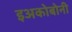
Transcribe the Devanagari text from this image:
इअकोबोनी